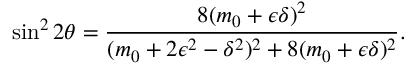
\sin ^ { 2 } 2 \theta = { \frac { 8 ( m _ { 0 } + \epsilon \delta ) ^ { 2 } } { ( m _ { 0 } + 2 \epsilon ^ { 2 } - \delta ^ { 2 } ) ^ { 2 } + 8 ( m _ { 0 } + \epsilon \delta ) ^ { 2 } } } .